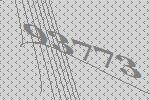
93773